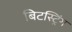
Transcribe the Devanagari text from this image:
बिटस्ट्रिंग